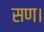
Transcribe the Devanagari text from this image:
सण।